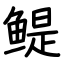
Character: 鳀